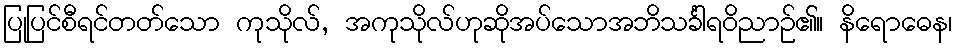
ပြုပြင်စီရင်တတ်သော ကုသိုလ်, အကုသိုလ်ဟုဆိုအပ်သောအဘိသင်္ခါရဝိညာဉ်၏။ နိရောဓေန၊